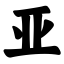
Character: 亚